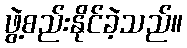
ဖွဲ့စည်းနိုင်ခဲ့သည်။